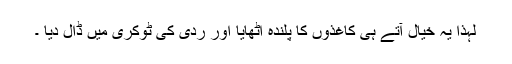
لہذا یہ خیال آتے ہی کاغذوں کا پلندہ اٹھایا اور ردی کی ٹوکری میں ڈال دیا ۔